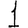
Digit: 1